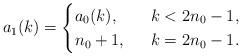
LaTeX: \begin{align*}a_1(k)=\begin{cases} a_0(k), \ & \ k< 2n_0-1,\\n_0+1, \ & \ k=2n_0-1.\end{cases}\end{align*}